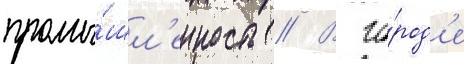
промы́шл'енность // В го́род'е